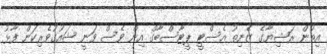
އިތުން ރަޝިޔާގެ ޒެނިތު އެސްޓީ ޕީޓާސްބާގް އިން ވެސް ވަނީ ޝައުގުވެރިކަން ފާޅު